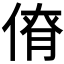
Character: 𠋚